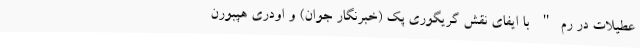
عطیلات در رم" با ایفای نقش گریگوری پک (خبرنگار جوان) و اودری هپبورن